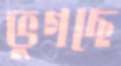
ভুগছে